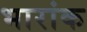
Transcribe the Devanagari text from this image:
भारांक